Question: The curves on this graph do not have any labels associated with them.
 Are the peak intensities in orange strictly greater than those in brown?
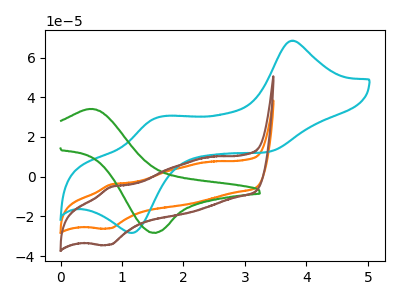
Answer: <think>The orange curve "orange" has an anodic peak at (0.80V, -3.90uA) and a cathodic peak at (0.80V, -26.00uA). The cyan curve "cyan" has anodic peaks at (3.75V, 68.45uA) (1.60V, 29.90uA) and cathodic peaks at (3.35V, 12.30uA) (1.20V, -28.25uA). The green curve "green" has an anodic peak at (0.55V, 34.10uA) and a cathodic peak at (1.50V, -28.20uA). The brown curve "brown" has an anodic peak at (0.80V, -5.15uA) and a cathodic peak at (0.80V, -34.25uA).</think>
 <answer>The peaks in "orange" are neither all higher or all lower than the peaks in "brown".</answer>
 <eval>mixed</eval>